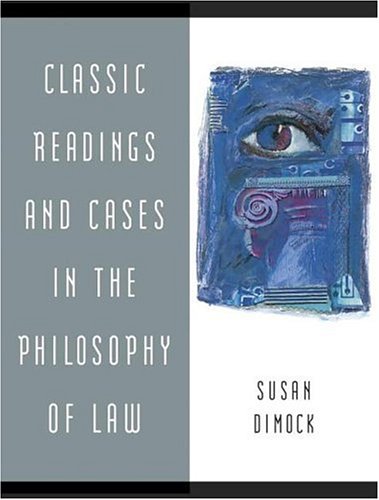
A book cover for Classic Readings and Cases in the Philosophy of Law; Susan Dimock; Law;